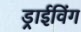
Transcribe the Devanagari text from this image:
ड्राईविंग